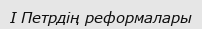
I Петрдiң реформалары